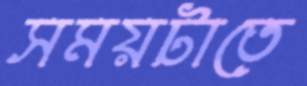
সময়টাতে